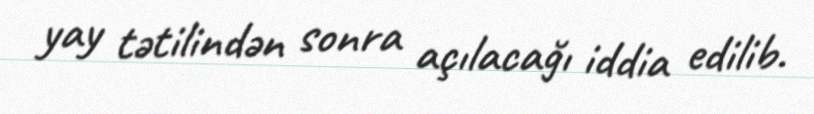
yay tətilindən sonra açılacağı iddia edilib.